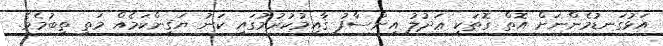
އަޅުގަނޑުމެންނަށް އޮތް ގޮތަކީ ޢަދުލު އިންސާފު ޤާއިމުކުރުމުގައި ކަނު ޔަޤީންކަމެއް މަތީ ތިބުމެވެ.